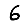
Digit: 6